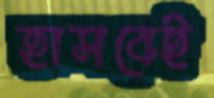
হাসবেই